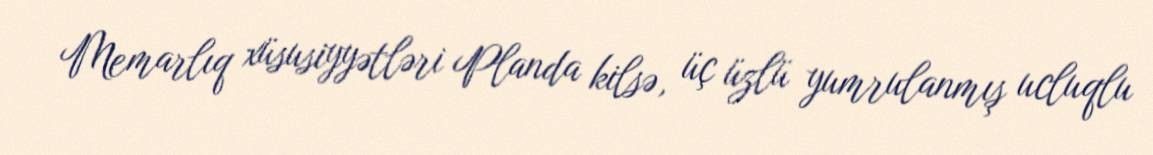
Memarlıq xüsusiyyətləri Planda kilsə, üç üzlü yumrulanmış ucluqlu